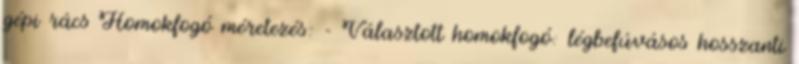
gépi rács Homokfogó méretezés: - Választott homokfogó: légbefúvásos hosszanti